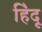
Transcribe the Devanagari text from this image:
हि॓दू